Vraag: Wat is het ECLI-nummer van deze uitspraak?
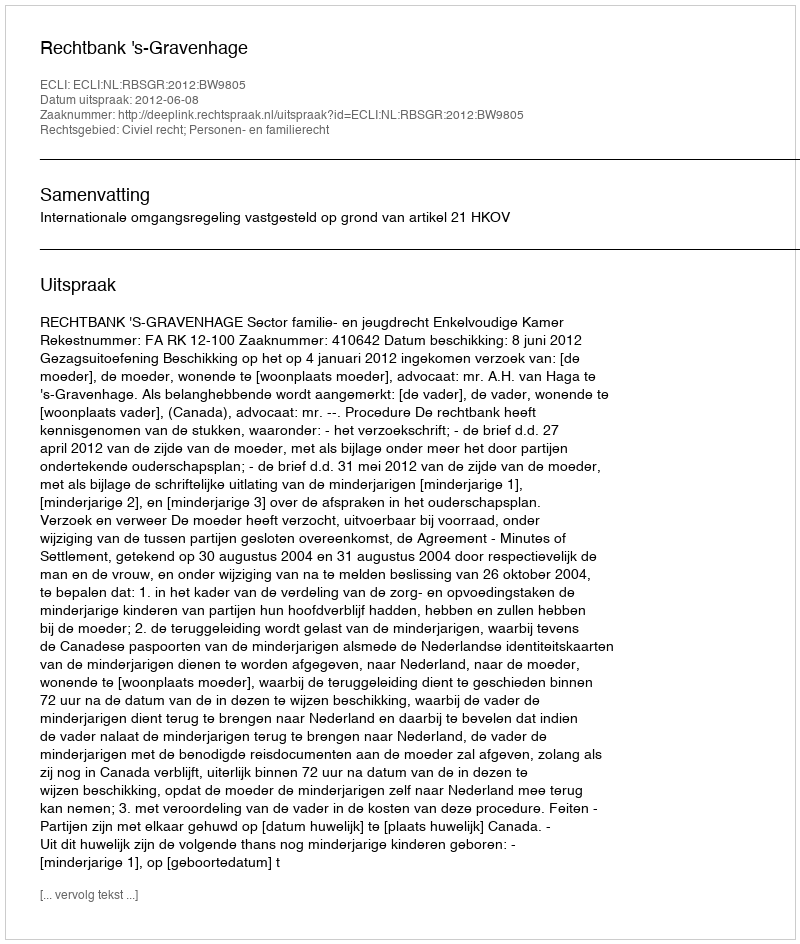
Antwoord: ECLI:NL:RBSGR:2012:BW9805